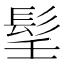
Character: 𩬎